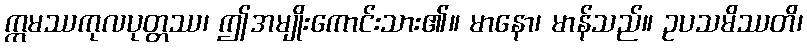
ဣမဿကုလပုတ္တဿ၊ ဤအမျိုးကောင်းသား၏။ မာနော၊ မာန်သည်။ ဥပသမိဿတိ၊